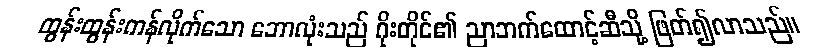
ထွန်းထွန်းကန်လိုက်သော ဘောလုံးသည် ဂိုးတိုင်၏ ညာဘက်ထောင့်ဆီသို့ ဖြတ်၍လာသည်။